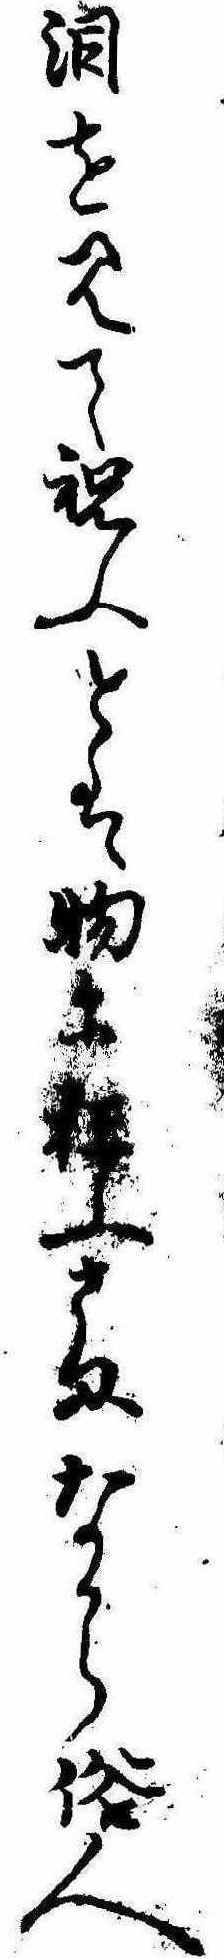
涙を見て祝ふとは物に狂ふさまなから俗人